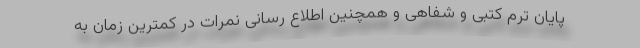
پایان ترم کتبی و شفاهی و همچنین اطلاع رسانی نمرات در کمترین زمان به